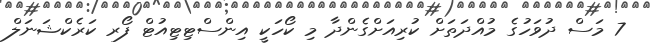
7 މަސް ދުވަހުގެ މުއްދަތަށް ކުރިއަށްގެންދާ މި ކޯހަކީ އިންސްޓިޓިއުޓް ފޯރ ކަރެކްޝަނަލް